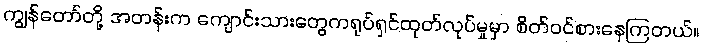
ကျွန်တော်တို့ အတန်းက ကျောင်းသားတွေကရုပ်ရှင်ထုတ်လုပ်မှုမှာ စိတ်ဝင်စားနေကြတယ်။